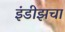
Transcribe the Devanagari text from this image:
इंडीझचा